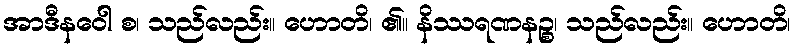
အာဒီနဝေါ စ၊ သည်လည်း။ ဟောတိ၊ ၏။ နိဿရဏနဉ္စ၊ သည်လည်း။ ဟောတိ၊